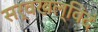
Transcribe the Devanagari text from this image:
सर्वखल्विदं